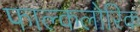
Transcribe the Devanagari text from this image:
फाल्कलोरिक